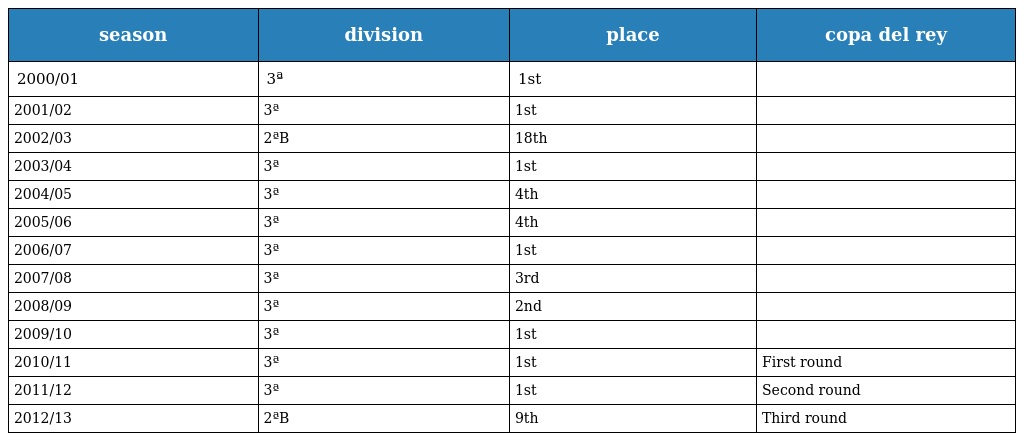
| season | division | place | copa del rey |
 | --- | --- | --- | --- |
 | 2000/01 | 3ª | 1st |  |
 | 2001/02 | 3ª | 1st |  |
 | 2002/03 | 2ªB | 18th |  |
 | 2003/04 | 3ª | 1st |  |
 | 2004/05 | 3ª | 4th |  |
 | 2005/06 | 3ª | 4th |  |
 | 2006/07 | 3ª | 1st |  |
 | 2007/08 | 3ª | 3rd |  |
 | 2008/09 | 3ª | 2nd |  |
 | 2009/10 | 3ª | 1st |  |
 | 2010/11 | 3ª | 1st | First round |
 | 2011/12 | 3ª | 1st | Second round |
 | 2012/13 | 2ªB | 9th | Third round |